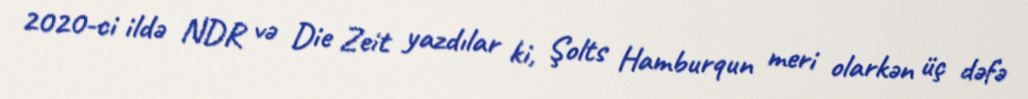
2020-ci ildə NDR və Die Zeit yazdılar ki, Şolts Hamburqun meri olarkən üç dəfə